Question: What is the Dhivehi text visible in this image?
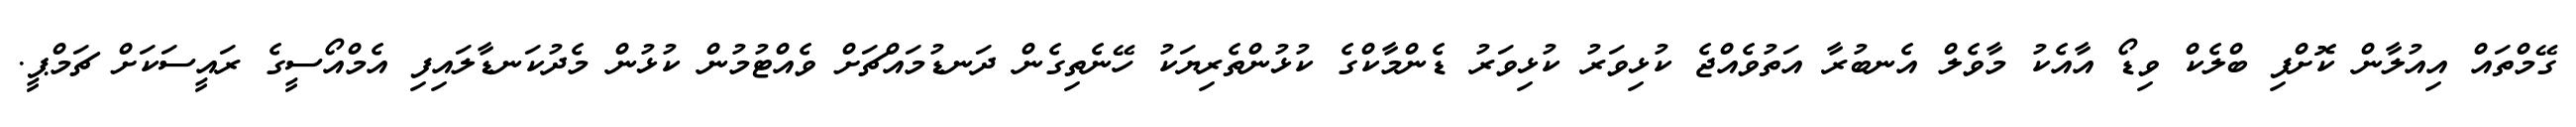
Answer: ގޭމްތައް އިއުލާން ކޮށްފި ބްލެކް ވިޑޯ އާއެކު މާވެލް އެނބުރާ އަތުވެއްޖެ ކުޅިވަރު ކުޅިވަރު ޑެންމާކްގެ ކުޅުންތެރިޔަކު ހޭނެތިގެން ދަނޑުމައްޗަށް ވެއްޓުމުން ކުޅުން މެދުކަނޑާލައިފި އެމްއޯސީގެ ރައީސަކަށް ޗަމްޕީ.